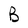
Character: B